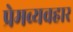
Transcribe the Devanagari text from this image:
प्रेमव्यवहार